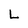
Character: L